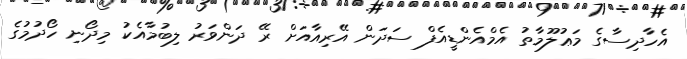
އެހާދިސާގެ މަޢުލޫމާތު އެމްއެންޑީއެފް ސަދަން އޭރިއާއަށް ރޭ ދަންވަރު ލިބުމާއެކު މިދޯނި ހޯދުމުގެ